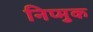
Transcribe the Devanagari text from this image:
निप्मुक